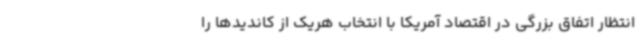
انتظار اتفاق بزرگی در اقتصاد آمریکا با انتخاب هریک از کاندیدها را